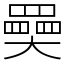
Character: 奰